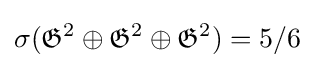
\sigma ({\mathfrak {G}}^{2}\oplus {\mathfrak {G}}^{2}\oplus {\mathfrak {G}}^{2})=5/6